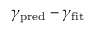
\gamma _ { \mathrm { p r e d } } - \gamma _ { \mathrm { f i t } }